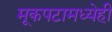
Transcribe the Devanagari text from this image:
मूकपटामध्येही